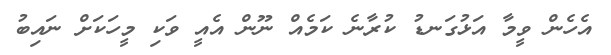
އެހެން ވީމާ އަޅުގަނޑު ކުރާނެ ކަމެއް ނޫން އެއީ ވަކި މީހަކަށް ނައިބު